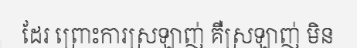
ដែរ ព្រោះការស្រឡាញ់ គឺស្រឡាញ់ មិន